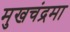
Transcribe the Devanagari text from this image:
मुखचंद्रमा